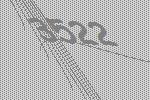
3522